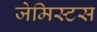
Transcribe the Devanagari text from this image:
जेमिस्टस